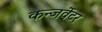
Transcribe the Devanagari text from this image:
कन्जर्वेटर